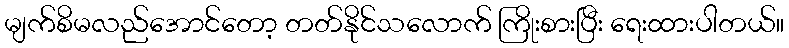
မျက်စိမလည်အောင်တော့ တတ်နိုင်သလောက် ကြိုးစားပြီး ရေးထားပါတယ်။